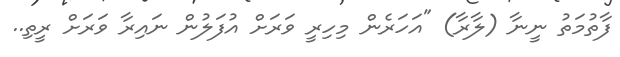
ފާތުމަތު ނީނާ (ލާރާ) "އަހަރެން މިހިރީ ވަރަށް އުފަލުން ނައިރާ ވަރަށް ރީތި..